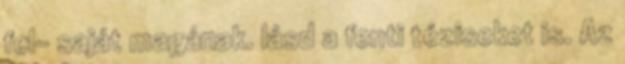
fel- saját magának. lásd a fenti téziseket is. Az